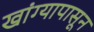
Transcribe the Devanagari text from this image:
खांग्यापासून